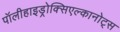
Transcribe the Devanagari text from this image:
पॉलीहाइड्रोक्सिएल्कानोट्स